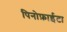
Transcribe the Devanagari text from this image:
पिनोफ़ाईटा